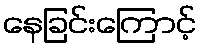
နေခြင်းကြောင့်